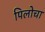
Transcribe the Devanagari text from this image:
पिलोचा